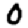
Digit: 0